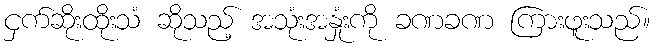
ငှက်ဆိုးထိုးသံ ဆိုသည့် အသုံးအနှုံးကို ခဏခဏ ကြားဖူးသည်။